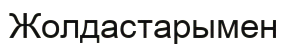
Жолдастарымен